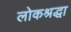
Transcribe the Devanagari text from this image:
लोकश्रद्धा